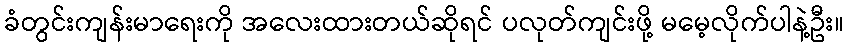
ခံတွင်းကျန်းမာရေးကို အလေးထားတယ်ဆိုရင် ပလုတ်ကျင်းဖို့ မမေ့လိုက်ပါနဲ့ဦး။